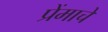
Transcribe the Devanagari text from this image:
प्रेंमाचे